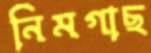
নিমগাছ